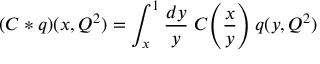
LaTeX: ( C * q ) ( x , Q ^ { 2 } ) = \int _ { x } ^ { 1 } \frac { d y } { y } \; C \! \left( \frac { x } { y } \right) q ( y , Q ^ { 2 } )